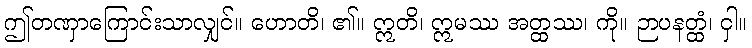
ဤတဏှာကြောင်းသာလျှင်။ ဟောတိ၊ ၏။ ဣတိ၊ ဣမဿ အတ္ထဿ၊ ကို။ ဉာပနတ္ထံ၊ ငှါ။